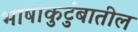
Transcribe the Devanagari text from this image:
भाषाकुटुंबातील